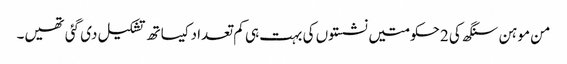
من موہن سنگھ کی 2 حکومتیں نشستوں کی بہت ہی کم تعداد کیساتھ تشکیل دی گئی تھیں۔